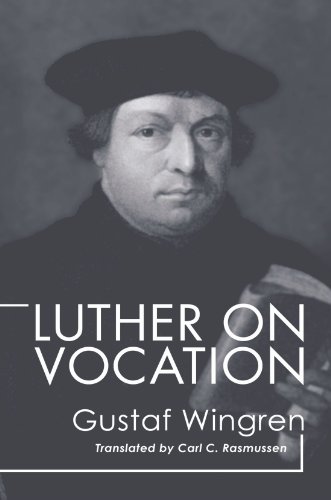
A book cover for Luther on Vocation:; Gustaf Wingren; Christian Books & Bibles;